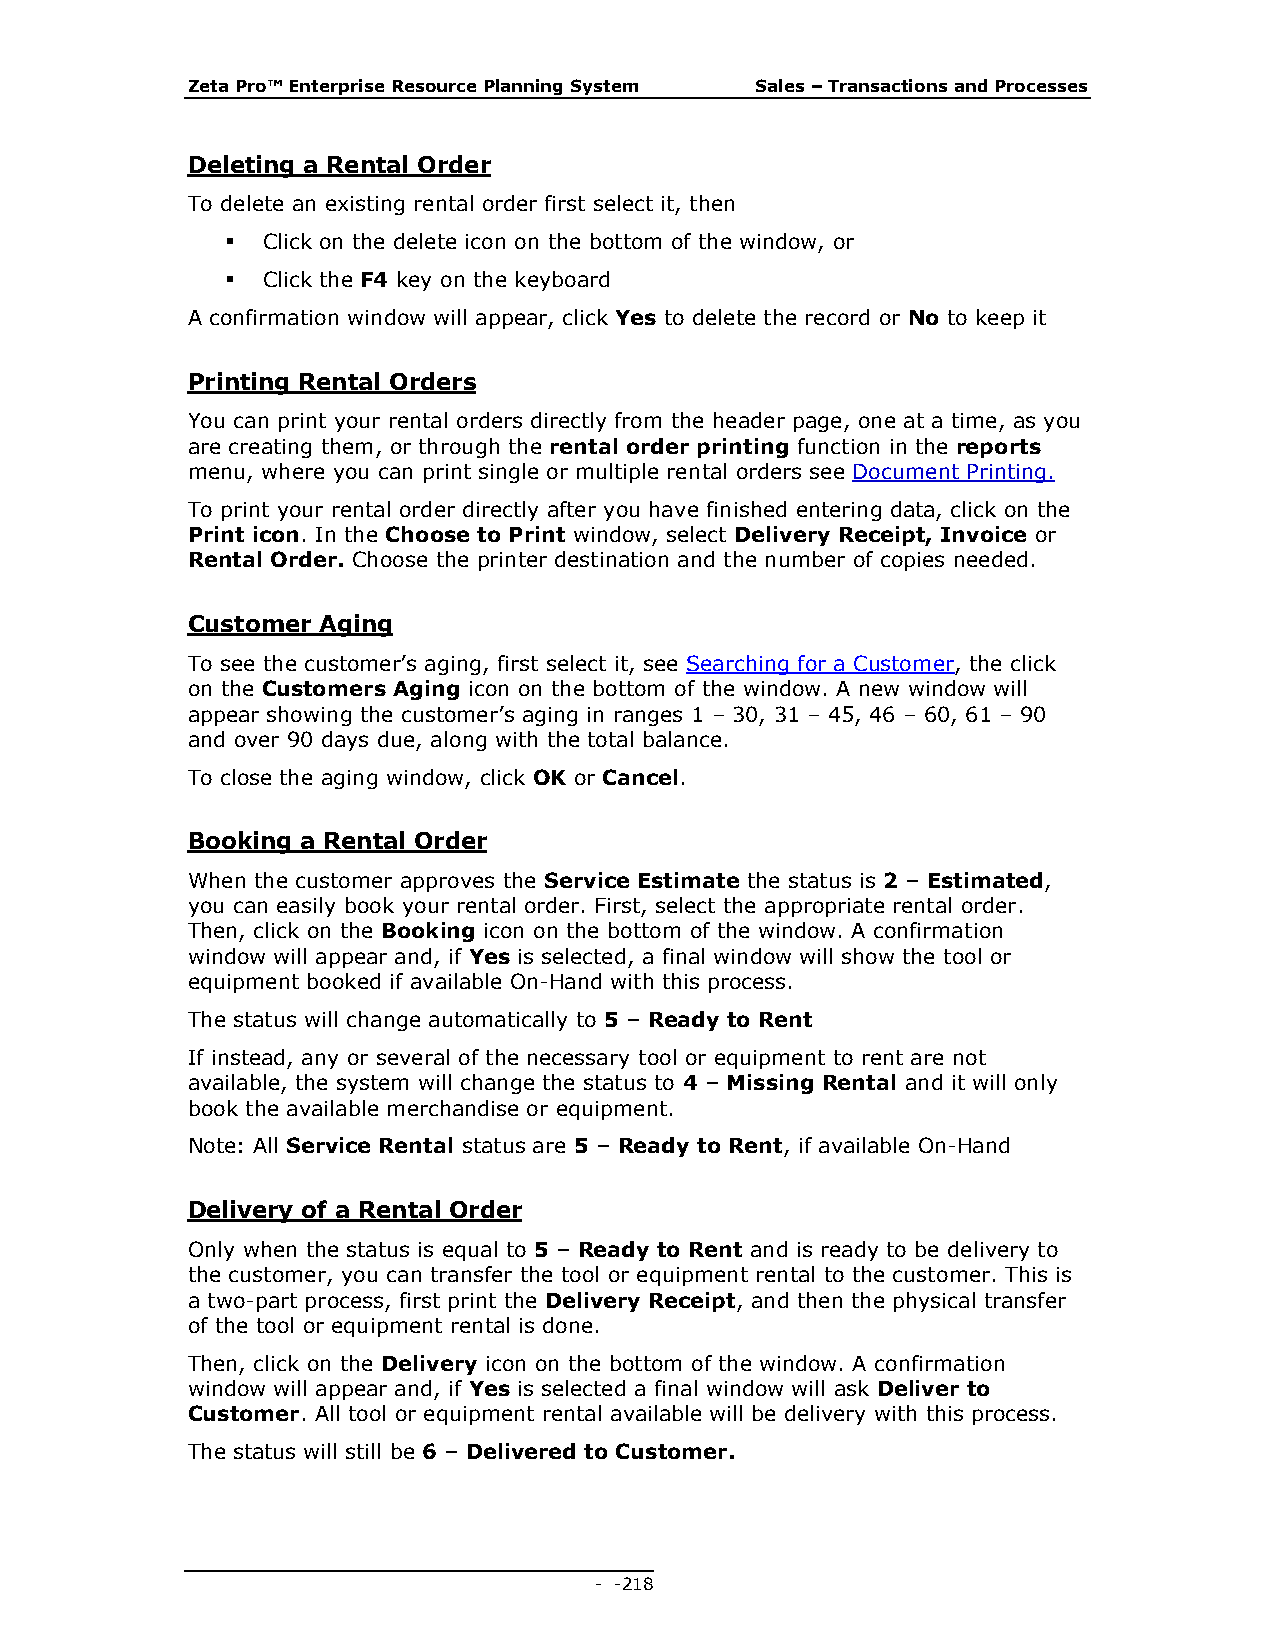
Zeta Pro™ Enterprise Resource Planning System Sales – Transactions and Processes
 Deleting a Rental Order
 To delete an existing rental order first select it, then
  Click on the delete icon on the bottom of the window, or
  Click the F4 key on the keyboard
 A confirmation window will appear, click Yes to delete the record or No to keep it
 Printing Rental Orders
 You can print your rental orders directly from the header page, one at a time, as you
 are creating them, or through the rental order printing function in the reports
 menu, where you can print single or multiple rental orders see Document Printing.
 To print your rental order directly after you have finished entering data, click on the
 Print icon. In the Choose to Print window, select Delivery Receipt, Invoice or
 Rental Order. Choose the printer destination and the number of copies needed.
 Customer Aging
 To see the customer’s aging, first select it, see Searching for a Customer, the click
 on the Customers Aging icon on the bottom of the window. A new window will
 appear showing the customer’s aging in ranges 1 – 30, 31 – 45, 46 – 60, 61 – 90
 and over 90 days due, along with the total balance.
 To close the aging window, click OK or Cancel.
 Booking a Rental Order
 When the customer approves the Service Estimate the status is 2 – Estimated,
 you can easily book your rental order. First, select the appropriate rental order.
 Then, click on the Booking icon on the bottom of the window. A confirmation
 window will appear and, if Yes is selected, a final window will show the tool or
 equipment booked if available On-Hand with this process.
 The status will change automatically to 5 – Ready to Rent
 If instead, any or several of the necessary tool or equipment to rent are not
 available, the system will change the status to 4 – Missing Rental and it will only
 book the available merchandise or equipment.
 Note: All Service Rental status are 5 – Ready to Rent, if available On-Hand
 Delivery of a Rental Order
 Only when the status is equal to 5 – Ready to Rent and is ready to be delivery to
 the customer, you can transfer the tool or equipment rental to the customer. This is
 a two-part process, first print the Delivery Receipt, and then the physical transfer
 of the tool or equipment rental is done.
 Then, click on the Delivery icon on the bottom of the window. A confirmation
 window will appear and, if Yes is selected a final window will ask Deliver to
 Customer. All tool or equipment rental available will be delivery with this process.
 The status will still be 6 – Delivered to Customer.
 - - 218